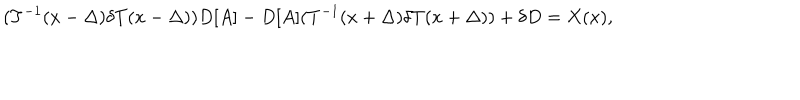
( T ^ { - 1 } ( x - \Delta ) \delta T ( x - \Delta ) ) D [ A ] - D [ A ] ( T ^ { - 1 } ( x + \Delta ) \delta T ( x + \Delta ) ) + \delta D = X ( x ) ,